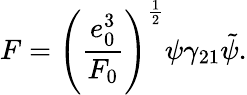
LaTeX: F=\left(\frac{e_{0}^{3}}{F_{0}}\right)^{\frac{1}{2}}\psi\gamma_{21}\tilde{\psi}.